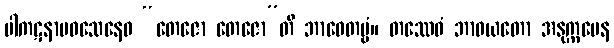
ပါကဋနာမဝသေနေဝ “တေဇော တေဇော”တိ ဘာဝေတဗ္ဗံ။ တဿေဝံ ဘာဝယတော အနုက္ကမေန